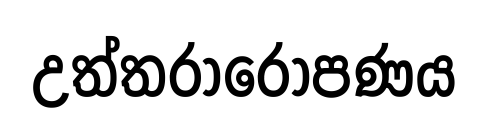
උත්තරාරෝපණය